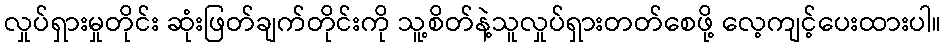
လှုပ်ရှားမှုတိုင်း ဆုံးဖြတ်ချက်တိုင်းကို သူ့စိတ်နဲ့သူလှုပ်ရှားတတ်စေဖို့ လေ့ကျင့်ပေးထားပါ။